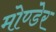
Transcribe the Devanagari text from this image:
मोण्डेर